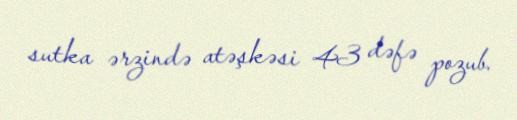
sutka ərzində atəşkəsi 43 dəfə pozub.